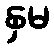
နှမ